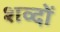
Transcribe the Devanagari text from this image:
शव्दों